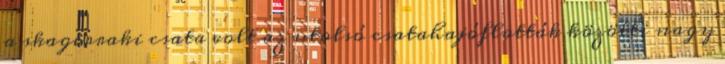
a skagerraki csata volt az utolsó csatahajóflották közötti nagy